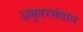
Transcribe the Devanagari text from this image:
अमृतरसंतान